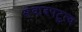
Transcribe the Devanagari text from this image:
संवादपटुत्व